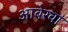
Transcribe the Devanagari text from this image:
आबेरवां